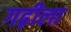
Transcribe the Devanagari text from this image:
गढ़ीला